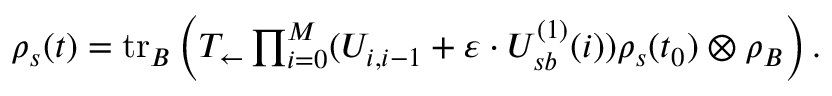
\begin{array} { r } { \rho _ { s } ( t ) = \mathrm { t r } _ { B } \left( T _ { \leftarrow } \prod _ { i = 0 } ^ { M } ( U _ { i , i - 1 } + \varepsilon \cdot U _ { s b } ^ { ( 1 ) } ( i ) ) \rho _ { s } ( t _ { 0 } ) \otimes \rho _ { B } \right) . } \end{array}